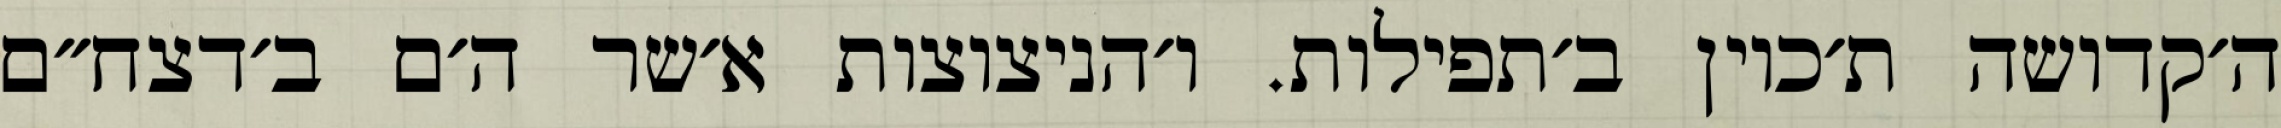
ה׳קדושה ת׳כוין ב׳תפילות. ו׳הניצוצות א׳שר ה׳ם ב׳דצח״ם